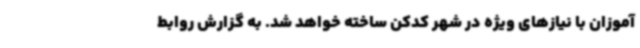
‌آموزان با نیازهای ویژه در شهر کدکن ساخته خواهد شد. به گزارش روابط